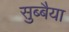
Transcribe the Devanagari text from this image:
सुब्बैया